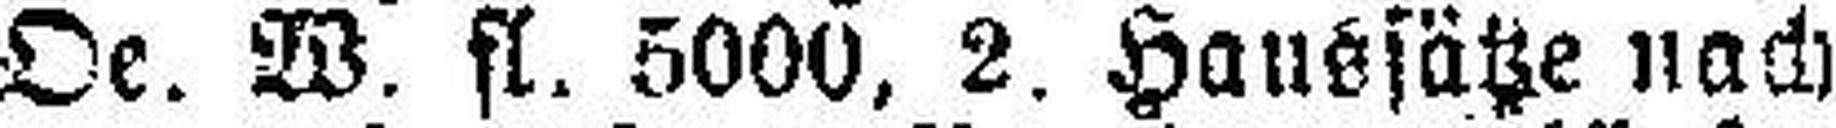
Oe. W. fl. 5000, 2. Haussätze nach